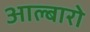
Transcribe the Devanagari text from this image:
आल्बारो